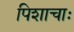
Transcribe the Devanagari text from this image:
पिशाचाः